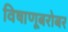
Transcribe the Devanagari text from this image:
विषाणूबरोबर